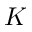
K